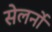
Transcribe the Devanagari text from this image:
सेलर्नो